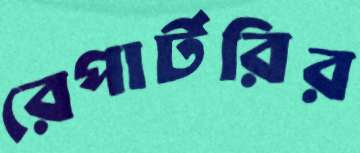
রেপার্টরির